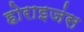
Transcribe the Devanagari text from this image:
होराइजंस